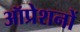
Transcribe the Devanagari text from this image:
ऑप्रेशनों